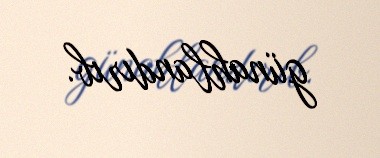
günahlandırıb.